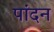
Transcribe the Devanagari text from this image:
पांदन